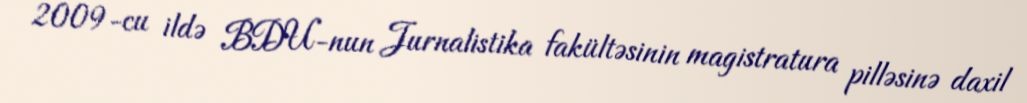
2009-cu ildə BDU-nun Jurnalistika fakültəsinin magistratura pilləsinə daxil